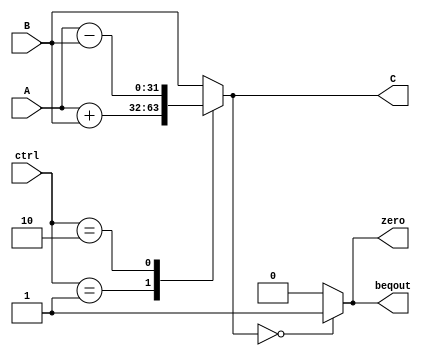
/*alu */
/*
(.A(), .B(), .ctrl(), .C(), .zero(), .beqout())
*/
`timescale 1ns / 1ps

module alu(
    input wire[31:0] A,
    input wire[31:0] B,
    input wire[2:0]  ctrl,
    
    output wire[31:0] C,
    output wire zero,
    output wire beqout // zerobeqoutzero
    );
    
    reg[32:0] tmp_arith;
    
    assign C = tmp_arith[31:0];
    assign zero = (tmp_arith[31:0] == 0) ? 1 : 0;
    assign beqout = (tmp_arith[31:0] == 0) ? 1 : 0;
    
    always @ (*) begin
        case (ctrl)
            3'b001 : tmp_arith <= {A[31], A} + {B[31], B}; // add
            3'b010 : tmp_arith <= {A[31], A} - {B[31], B}; // sub
            
            default : tmp_arith <= B;
        endcase
    end
endmodule